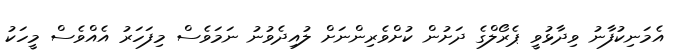
އެމަނިކުފާނު ވިދާޅުވީ ޕެރޯލްގެ ދަށުން ކުށްވެރިންނަށް ލުއިދެވުނު ނަމަވެސް މިފަހަރު އެއްވެސް މީހަކު